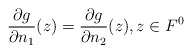
\begin{align*} \frac{\partial g}{\partial n_1}(z) = \frac{\partial g}{\partial n_2}(z), z\in F^0\end{align*}